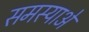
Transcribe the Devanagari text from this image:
समस्याअें